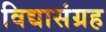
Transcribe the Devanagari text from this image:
विद्यासंग्रह